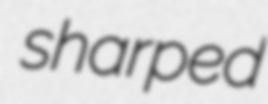
sharped